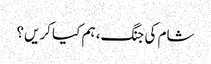
شام کی جنگ، ہم کیا کریں؟